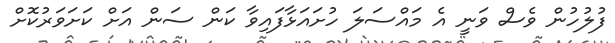
ފުލުހުން ވެސް ވަނީ އެ މައްސަލަ ހުށައަޅާފައިވާ ކަން ސަން އަށް ކަށަވަރުކޮށް